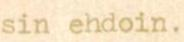
sin ehdoin.